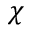
\chi